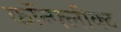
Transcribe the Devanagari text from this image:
कॉन्फ्लीक्ट